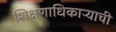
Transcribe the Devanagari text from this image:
शिक्षणाधिकाऱ्याची